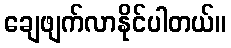
ချေဖျက်လာနိုင်ပါတယ်။